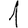
Digit: 1